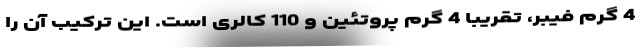
4 گرم فیبر، تقریبا 4 گرم پروتئین و 110 کالری است. این ترکیب آن را